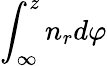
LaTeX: \int_{\infty}^{z}n_{r}d\varphi